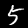
Digit: 5